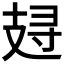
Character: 𰕁